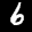
Label: 6